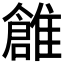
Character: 𩀞